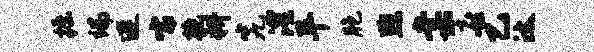
掘端连嚅抱耕究澧平胞煦棠喜乙汰